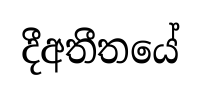
දීඅතීතයේ